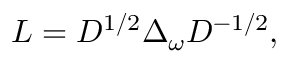
L = D ^ { 1 / 2 } \Delta _ { \omega } D ^ { - 1 / 2 } ,